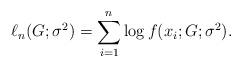
LaTeX: \begin{align*}\ell_n(G; \sigma^2) =\sum_{i=1}^n \log f(x_i; G; \sigma^2).\end{align*}